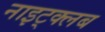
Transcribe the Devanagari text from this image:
नाइट्क्लब